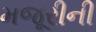
મજૂરીની